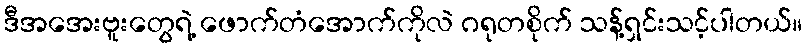
ဒီအအေးဗူးတွေရဲ့ ဖောက်တံအောက်ကိုလဲ ဂရုတစိုက် သန့်ရှင်းသင့်ပါတယ်။